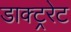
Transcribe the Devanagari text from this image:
डाक्ट्ररेट